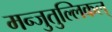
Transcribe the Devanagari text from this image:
मन्जुतुल्लिकल्